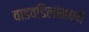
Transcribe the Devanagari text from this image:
वाडवडिलांमध्ये